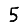
Digit: 5